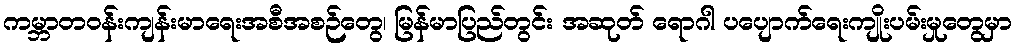
ကမ္ဘာတဝန်းကျန်းမာရေးအစီအစဉ်တွေ၊ မြန်မာပြည်တွင်း အဆုတ် ရောဂါ ပပျောက်ရေးကျိုးပမ်းမှုတွေမှာ